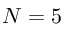
N = 5